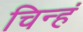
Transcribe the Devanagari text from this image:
चिन्हं